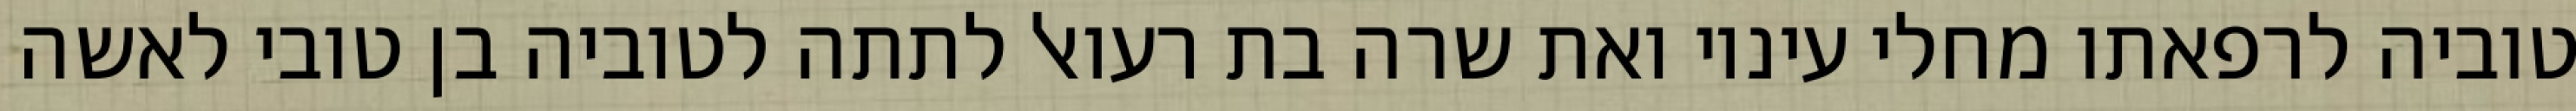
טוביה לרפאתו מחלי עיניו ואת שרה בת רעואל לתתה לטוביה בן טובי לאשה